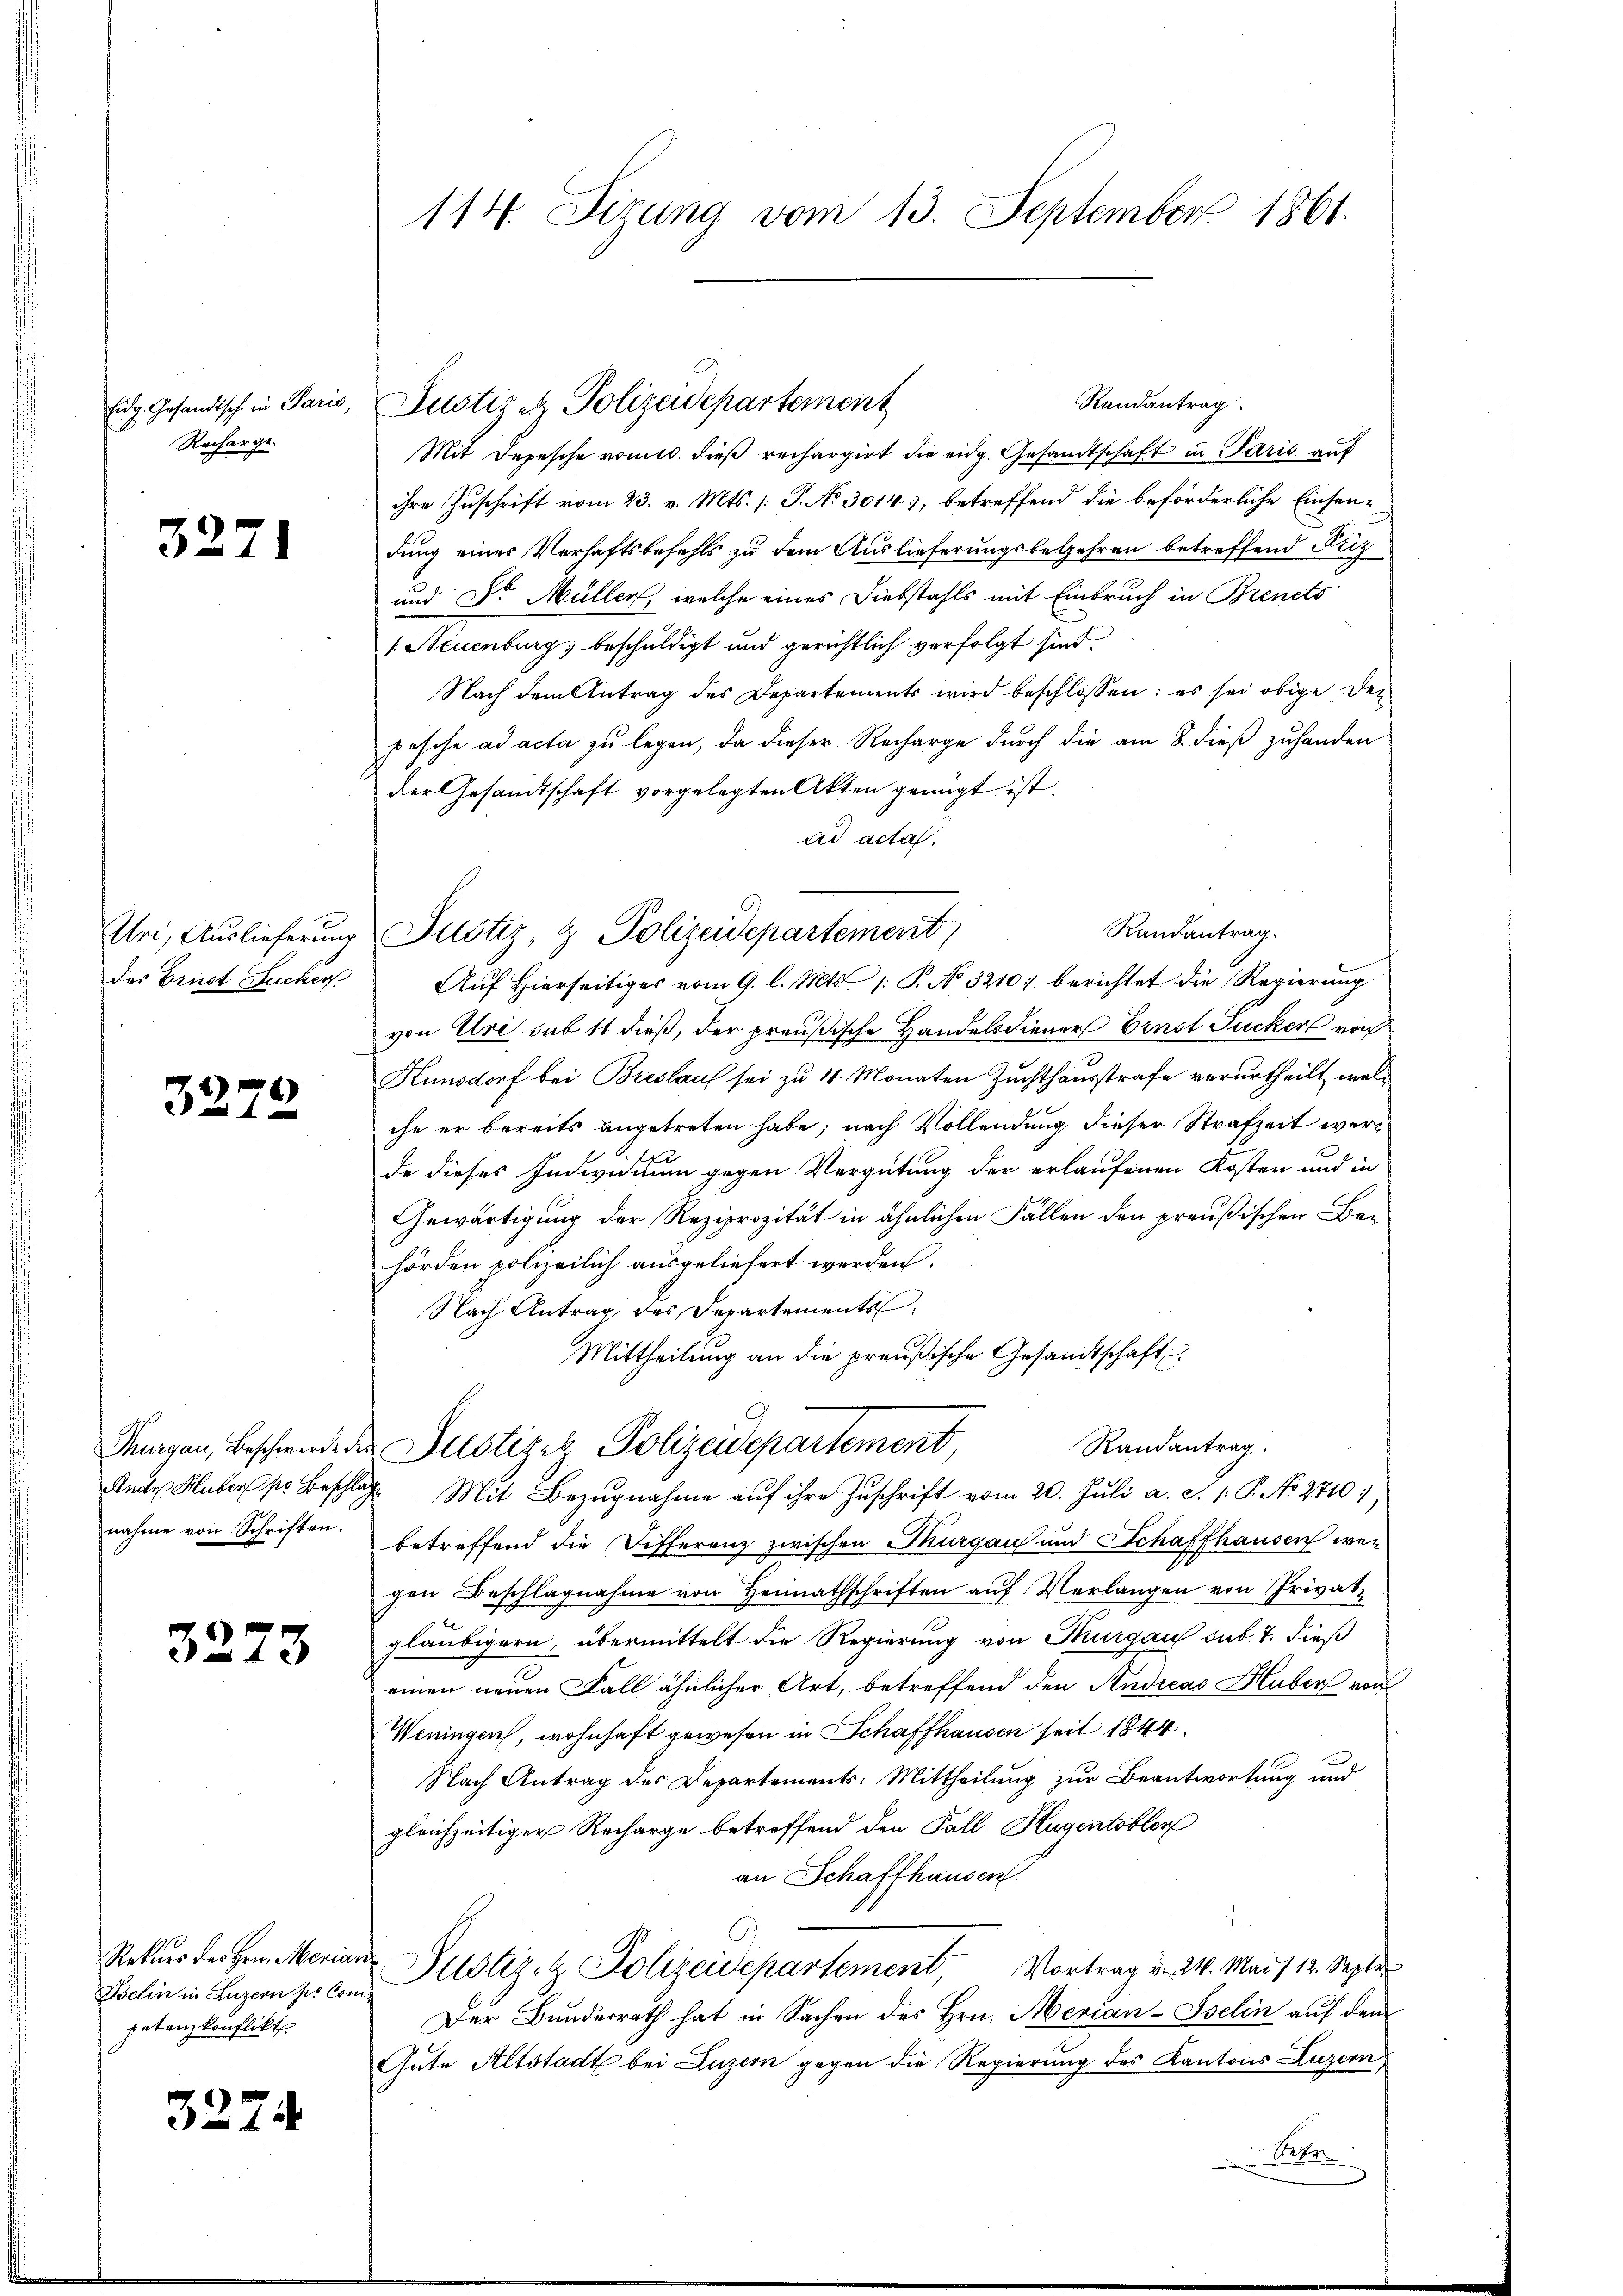
Eidg. Gesandtsch in Paris,
Recharge.

3271

Uri, Auslieferung
des Ernst Zucker

3279

Ander Huber pr Beschla
nahme von Schriften.

3273

Rekurs des Hrn. Merian
Iselin in Luzern sie Com
petenzkonflikt

322.

114. Sizung vom 13. September 1861.

Randantrag
Mit Depesche vomtl. dies rechargirt die eidg. Gesandtschaft in Paris auf
ihre Zuschrift vom 23. v. Mts. /: P. No 3014), betreffend die beförderliche Einsendung eines Verhaftsbefehls zu dem Auslieferungsbegehren betreffend Fucz
und Sr. Müller, welche eines Diebstahls mit Einbruch in Brendts
/. Neuenburg, beschuldigt und gerichtlich verfolgt sind.
Nach dem Antrag des Departements wird beschlossen: es sei obige Dez
pesche ad acta zu legen, da dieser Recharge durch die am 8. dieß zuhanden
der Gesandtschaft vorgelegten Akten genügt ist.
ad acta.
Auf Hierseitiges vom 9. l. Mts. /: P. No. 3210; berichtet die Regierung
von Uri sub 11 dieß, der preußische Handelsdiener Ernst Jucker von
Kunsdorf bei Breslauf sei zu 4 Monaten Zuchthausstrafe verurtheilt, welche er bereits angetreten habe; nach Vollendung dieser Strafzeit werde dieses Individuum gegen Vergütung der erlaufenen Kosten und in
Gewärtigung der Reziprozität in ähnlichen Fällen den preußischen Be-
hörden polizeilich ausgeliefert werden.
Nach Antrag des Departements
Mittheilung an die preußische Gesandtschaft
Randantrag.
Magen, Beschwerde des Justizez Polizeidepartement,
. Mit Bezugnahme auf ihre Zuschrift vom 20. Juli a. S. 1. P. No. 2710),
betreffend die Differenz zwischen Thurgau und Schaffhausen wegen Beschlagnahme von Heimathschriften auf Verlangen von Privatgläubigern, übermittelt die Regierung von Thurgau sub 7. dieß
einen neuen Fall ähnlicher Art, betreffend den Andreas Huber von
Weningen, wohnhaft gewesen in Schaffhausen seit 1844
Nach Antrag des Departements-Mittheilung zur Beantwortung und
gleichzeitiger Recharge betreffend den Fall Hugentobler
an Schaffhausen
u Justiz- & Polizeidepartement Vortrag u. 24. Mai/12. Septer
Der Bundesrath hat in Sachen des Hrn. Mevian-Iselin auf dem
Gute Altstadt bei Luzern gegen die Regierung des Kantons Luzern,
Stebr

Justiz & Polizeidepartement

Justiz & Polizeidepartement

Randantrag.